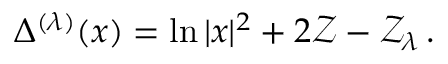
\Delta ^ { ( \lambda ) } ( x ) = \ln | x | ^ { 2 } + 2 \mathcal { Z } - \mathcal { Z } _ { \lambda } \, .